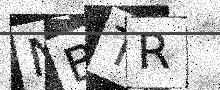
Text: NBTR